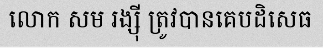
លោក សម រង្ស៊ី ត្រូវបានគេបដិសេធ